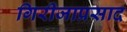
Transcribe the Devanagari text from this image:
गिरीजाप्रसाद